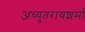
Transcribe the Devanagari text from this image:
अच्युतरायशर्मा